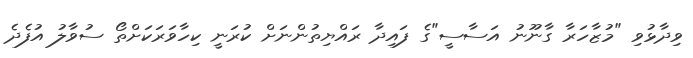
ވިދާޅުވި "މުޒާހަރާ ގާނޫނު އަސާސީ"ގެ ފައިދާ ރައްޔިތުންނަށް ކުރަނީ ކިހާވަރަކަށްތޯ ސުވާލު އުފެދެ